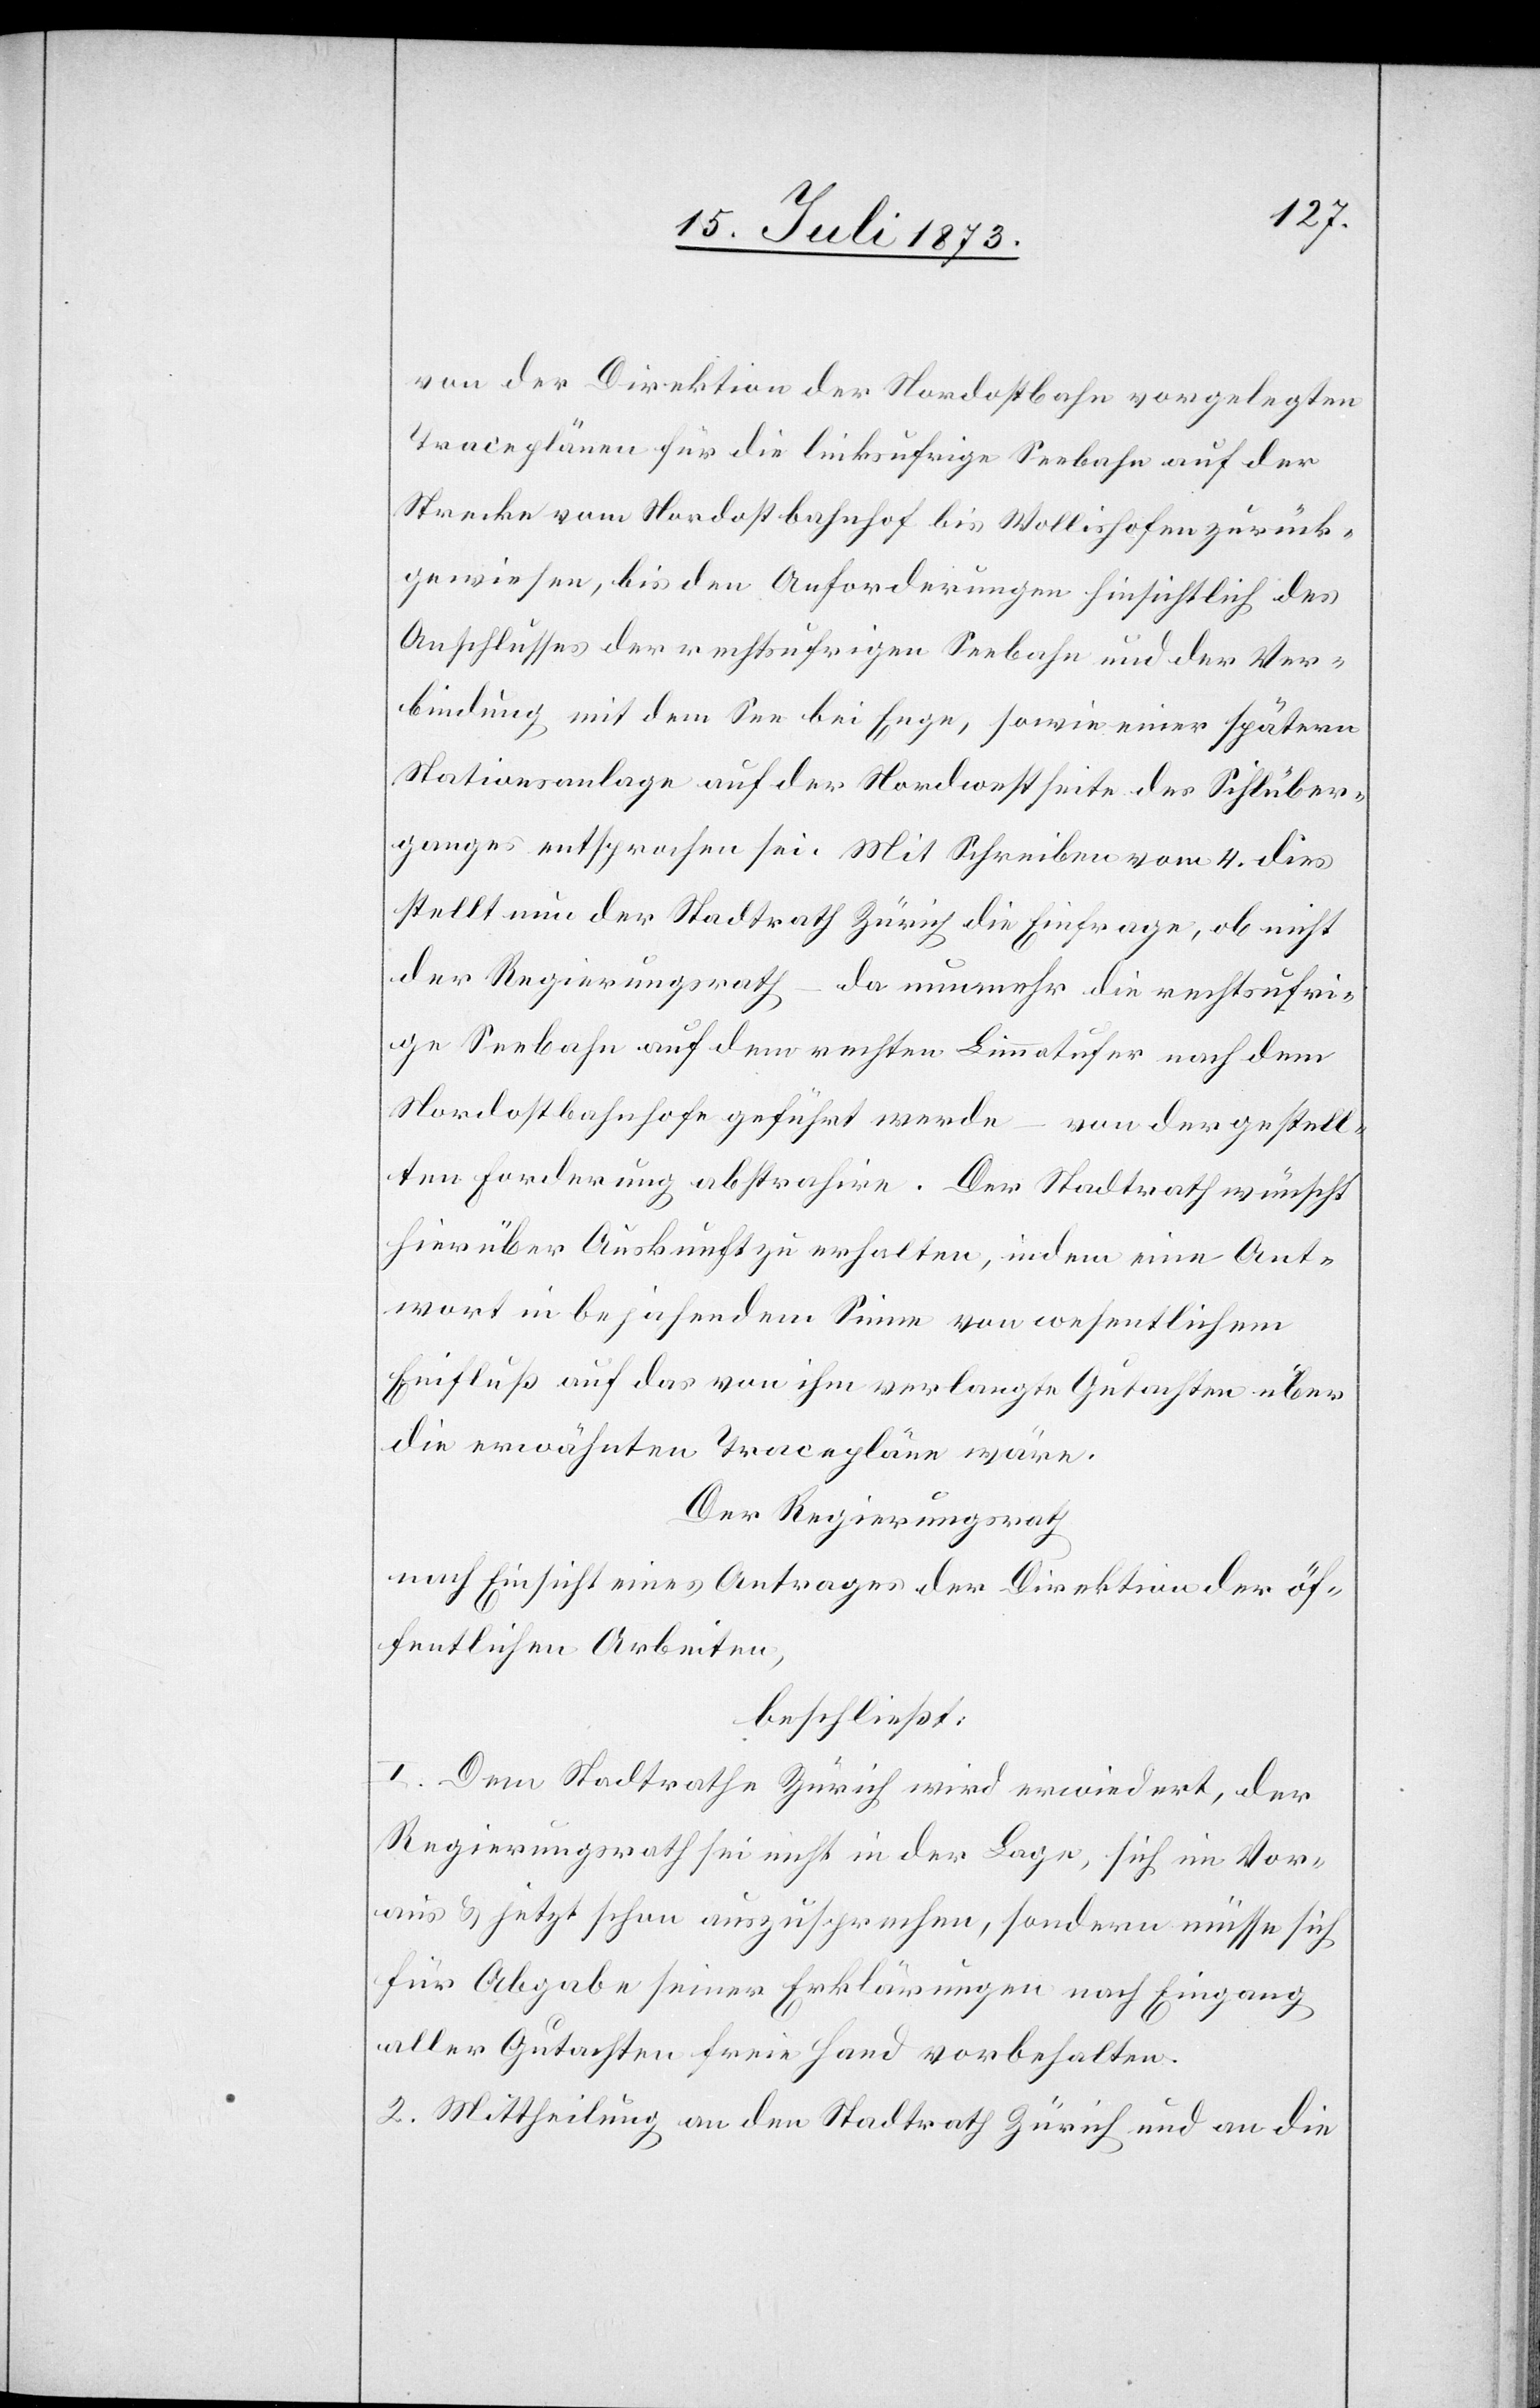
von der Direktion der Nordostbahn vorgelegten
Traceplänen für die linksufrige Seebahn auf der
Strecke vom Nordostbahnhof bis Wollishofen zurück¬
gewiesen, bis den Anforderungen hinsichtlich des
Anschlusses der rechtsufrigen Seebahn und der Ver¬
bindung mit dem See bei Enge, sowie einer spätern
Stationsanlage auf der Nordwestseite des Sihlüber¬
ganges entsprochen sei. Mit Schreiben vom 4. dies
stellt nun der Stadtrath Zürich die Einfrage, ob nicht
der Regierungsrath – da nunmehr die rechtsufri¬
ge Seebahn auf dem rechten Limmatufer nach dem
Nordostbahnhofe geführt werde – von der gestell¬
ten Forderung abstrahire. Der Stadtrath wünscht
hierüber Auskunft zu erhalten, indem eine Ant¬
wort in bejahendem Sinne von wesentlichem
Einfluß auf das von ihm verlangte Gutachten über
die erwähnten Tracepläne wäre.
Der Regierungsrath
nach Einsicht eines Antrages der Direktion der öf¬
fentlichen Arbeiten,
beschließt:
I. Dem Stadtrathe Zürich wird erwiedert, der
Regierungsrath sei nicht in der Lage, sich im Vor¬
aus & jetzt schon auszusprechen, sondern müsse sich
für Abgabe seiner Erklärungen nach Eingang
aller Gutachten freie Hand vorbehalten.
2. Mittheilung an den Stadtrath Zürich und an die